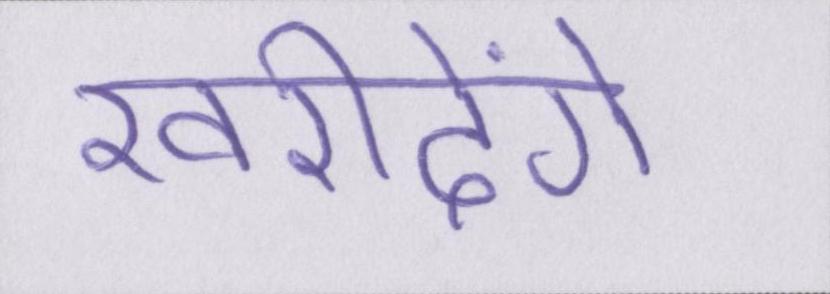
खरीदेंगे